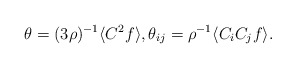
\begin{align*}\theta = (3 \rho)^{-1} \langle C^2 f \rangle, \theta_{ij} = \rho^{-1} \langle C_i C_j f \rangle.\end{align*}